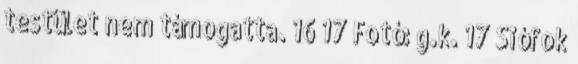
testület nem támogatta. 16 17 Fotó: g.k. 17 Siófok